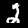
Digit: 2